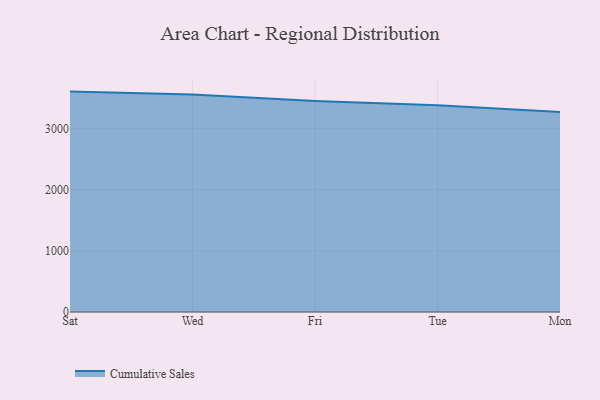
{"axis": {"x": "Day", "y": "Churn Rate (%)"}, "legend": ["Cumulative Sales"], "data": [{"x": "Sat", "y": 3602.8, "type": "Cumulative Sales"}, {"x": "Wed", "y": 3553.6, "type": "Cumulative Sales"}, {"x": "Fri", "y": 3447.3, "type": "Cumulative Sales"}, {"x": "Tue", "y": 3379.6, "type": "Cumulative Sales"}, {"x": "Mon", "y": 3270.1, "type": "Cumulative Sales"}]}